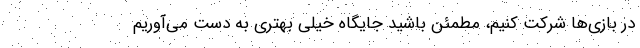
در بازی‌ها شرکت کنیم، مطمئن باشید جایگاه خیلی بهتری به دست می‌آوریم